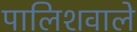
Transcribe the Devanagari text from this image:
पालिशवाले